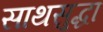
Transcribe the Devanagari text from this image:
साथसुद्धा